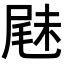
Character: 𡲧